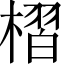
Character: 槢